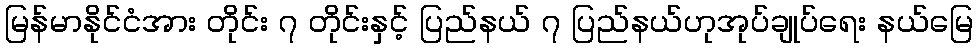
မြန်မာနိုင်ငံအား တိုင်း ၇ တိုင်းနှင့် ပြည်နယ် ၇ ပြည်နယ်ဟုအုပ်ချုပ်ရေး နယ်မြေ